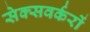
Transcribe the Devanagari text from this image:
सेक्सवर्करों